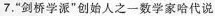
7，”剑桥学派”创始人之一数学家哈代说